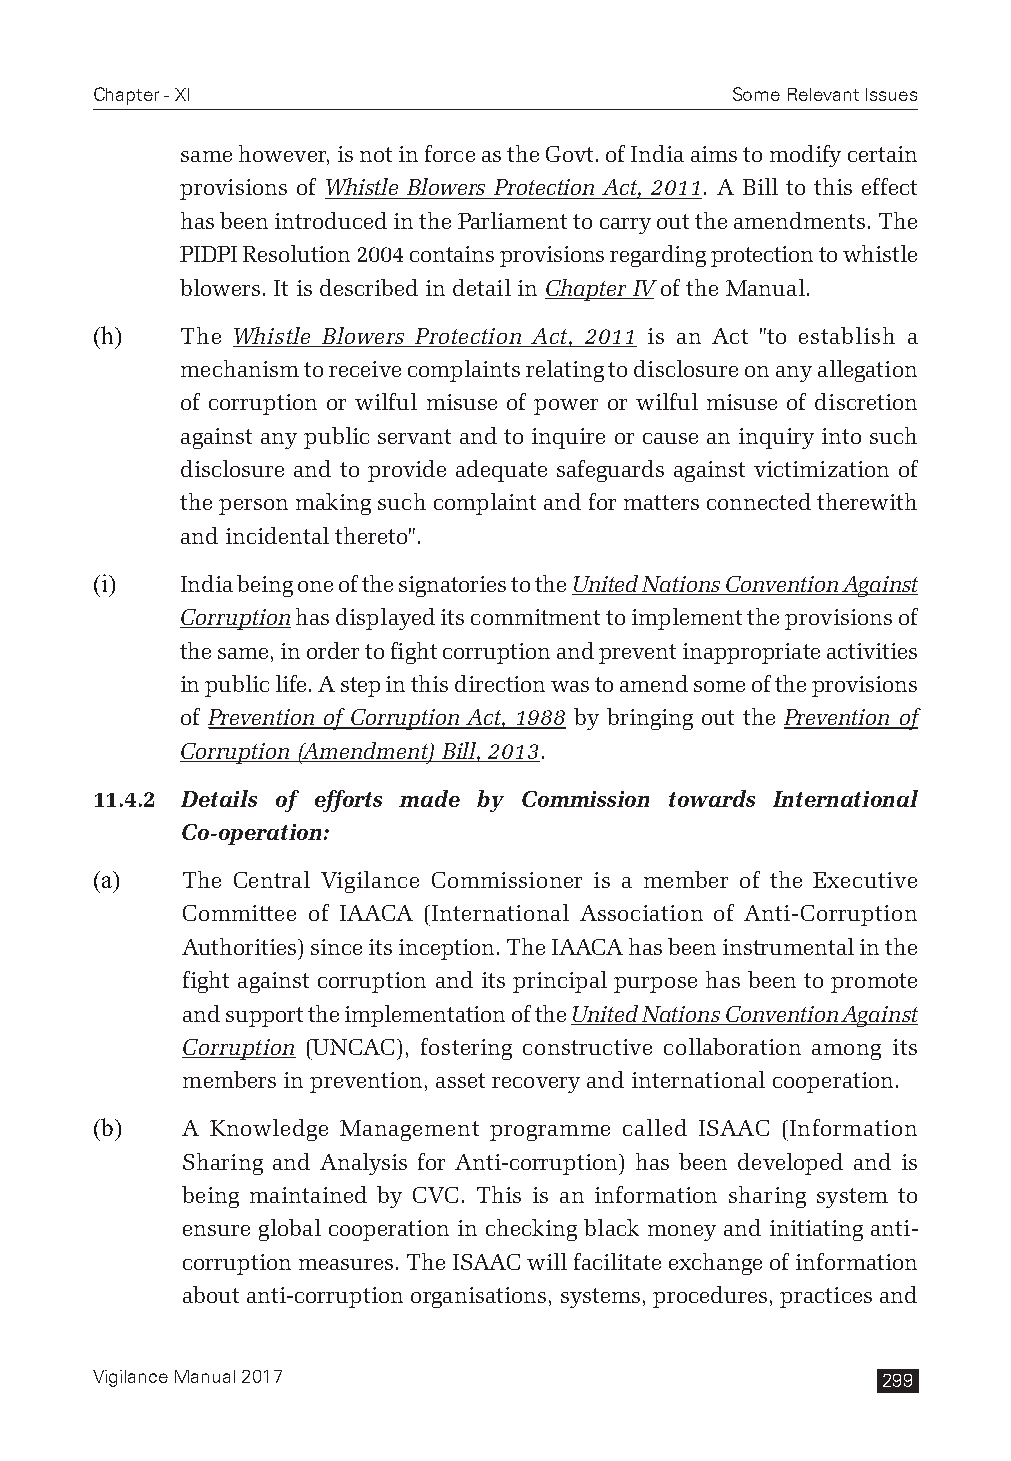
Chapter - XI                              Some Relevant Issues
 same however, is not in force as the Govt. of India aims to modify certain
 provisions of Whistle Blowers Protection Act, 2011. A Bill to this effect
 has been introduced in the Parliament to carry out the amendments. The
 PIDPI Resolution 2004 contains provisions regarding protection to whistle
 blowers. It is described in detail in Chapter IV of the Manual.
 (h)   The Whistle Blowers Protection Act, 2011 is an Act "to establish a
 mechanism to receive complaints relating to disclosure on any allegation
 of corruption or wilful misuse of power or wilful misuse of discretion
 against any public servant and to inquire or cause an inquiry into such
 disclosure and to provide adequate safeguards against victimization of
 the person making such complaint and for matters connected therewith
 and incidental thereto".
 (i)   India being one of the signatories to the United Nations Convention Against
 Corruption has displayed its commitment to implement the provisions of
 the same, in order to fight corruption and prevent inappropriate activities
 in public life. A step in this direction was to amend some of the provisions
 of Prevention of Corruption Act, 1988 by bringing out the Prevention of
 Corruption (Amendment) Bill, 2013.
 11.4.2 Details of efforts made by Commission towards International
 Co-operation:
 (a)   The Central Vigilance Commissioner is a member of the Executive
 Committee of IAACA (International Association of Anti-Corruption
 Authorities) since its inception. The IAACA has been instrumental in the
 fight against corruption and its principal purpose has been to promote
 and support the implementation of the United Nations Convention Against
 Corruption (UNCAC), fostering constructive collaboration among its
 members in prevention, asset recovery and international cooperation.
 (b)   A Knowledge Management programme called ISAAC (Information
 Sharing and Analysis for Anti-corruption) has been developed and is
 being maintained by CVC. This is an information sharing system to
 ensure global cooperation in checking black money and initiating anti-
 corruption measures. The ISAAC will facilitate exchange of information
 about anti-corruption organisations, systems, procedures, practices and
 Vigilance Manual 2017                               299